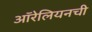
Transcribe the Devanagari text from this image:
ऑरेलियनची